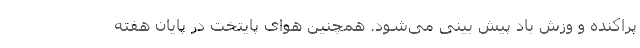
پراکنده و وزش باد پیش بینی می‌شود. همچنین هوای پایتخت در پایان هفته